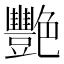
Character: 艷